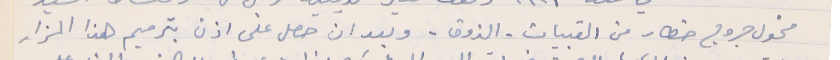
مخول جروج خطار من القبيات - الذوق - وبعد ان حصل على اذن بترميم هذا المزار